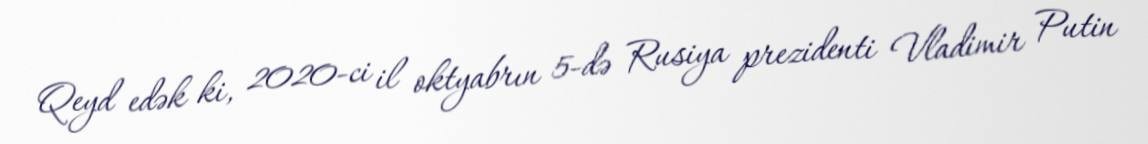
Qeyd edək ki, 2020-ci il oktyabrın 5-də Rusiya prezidenti Vladimir Putin